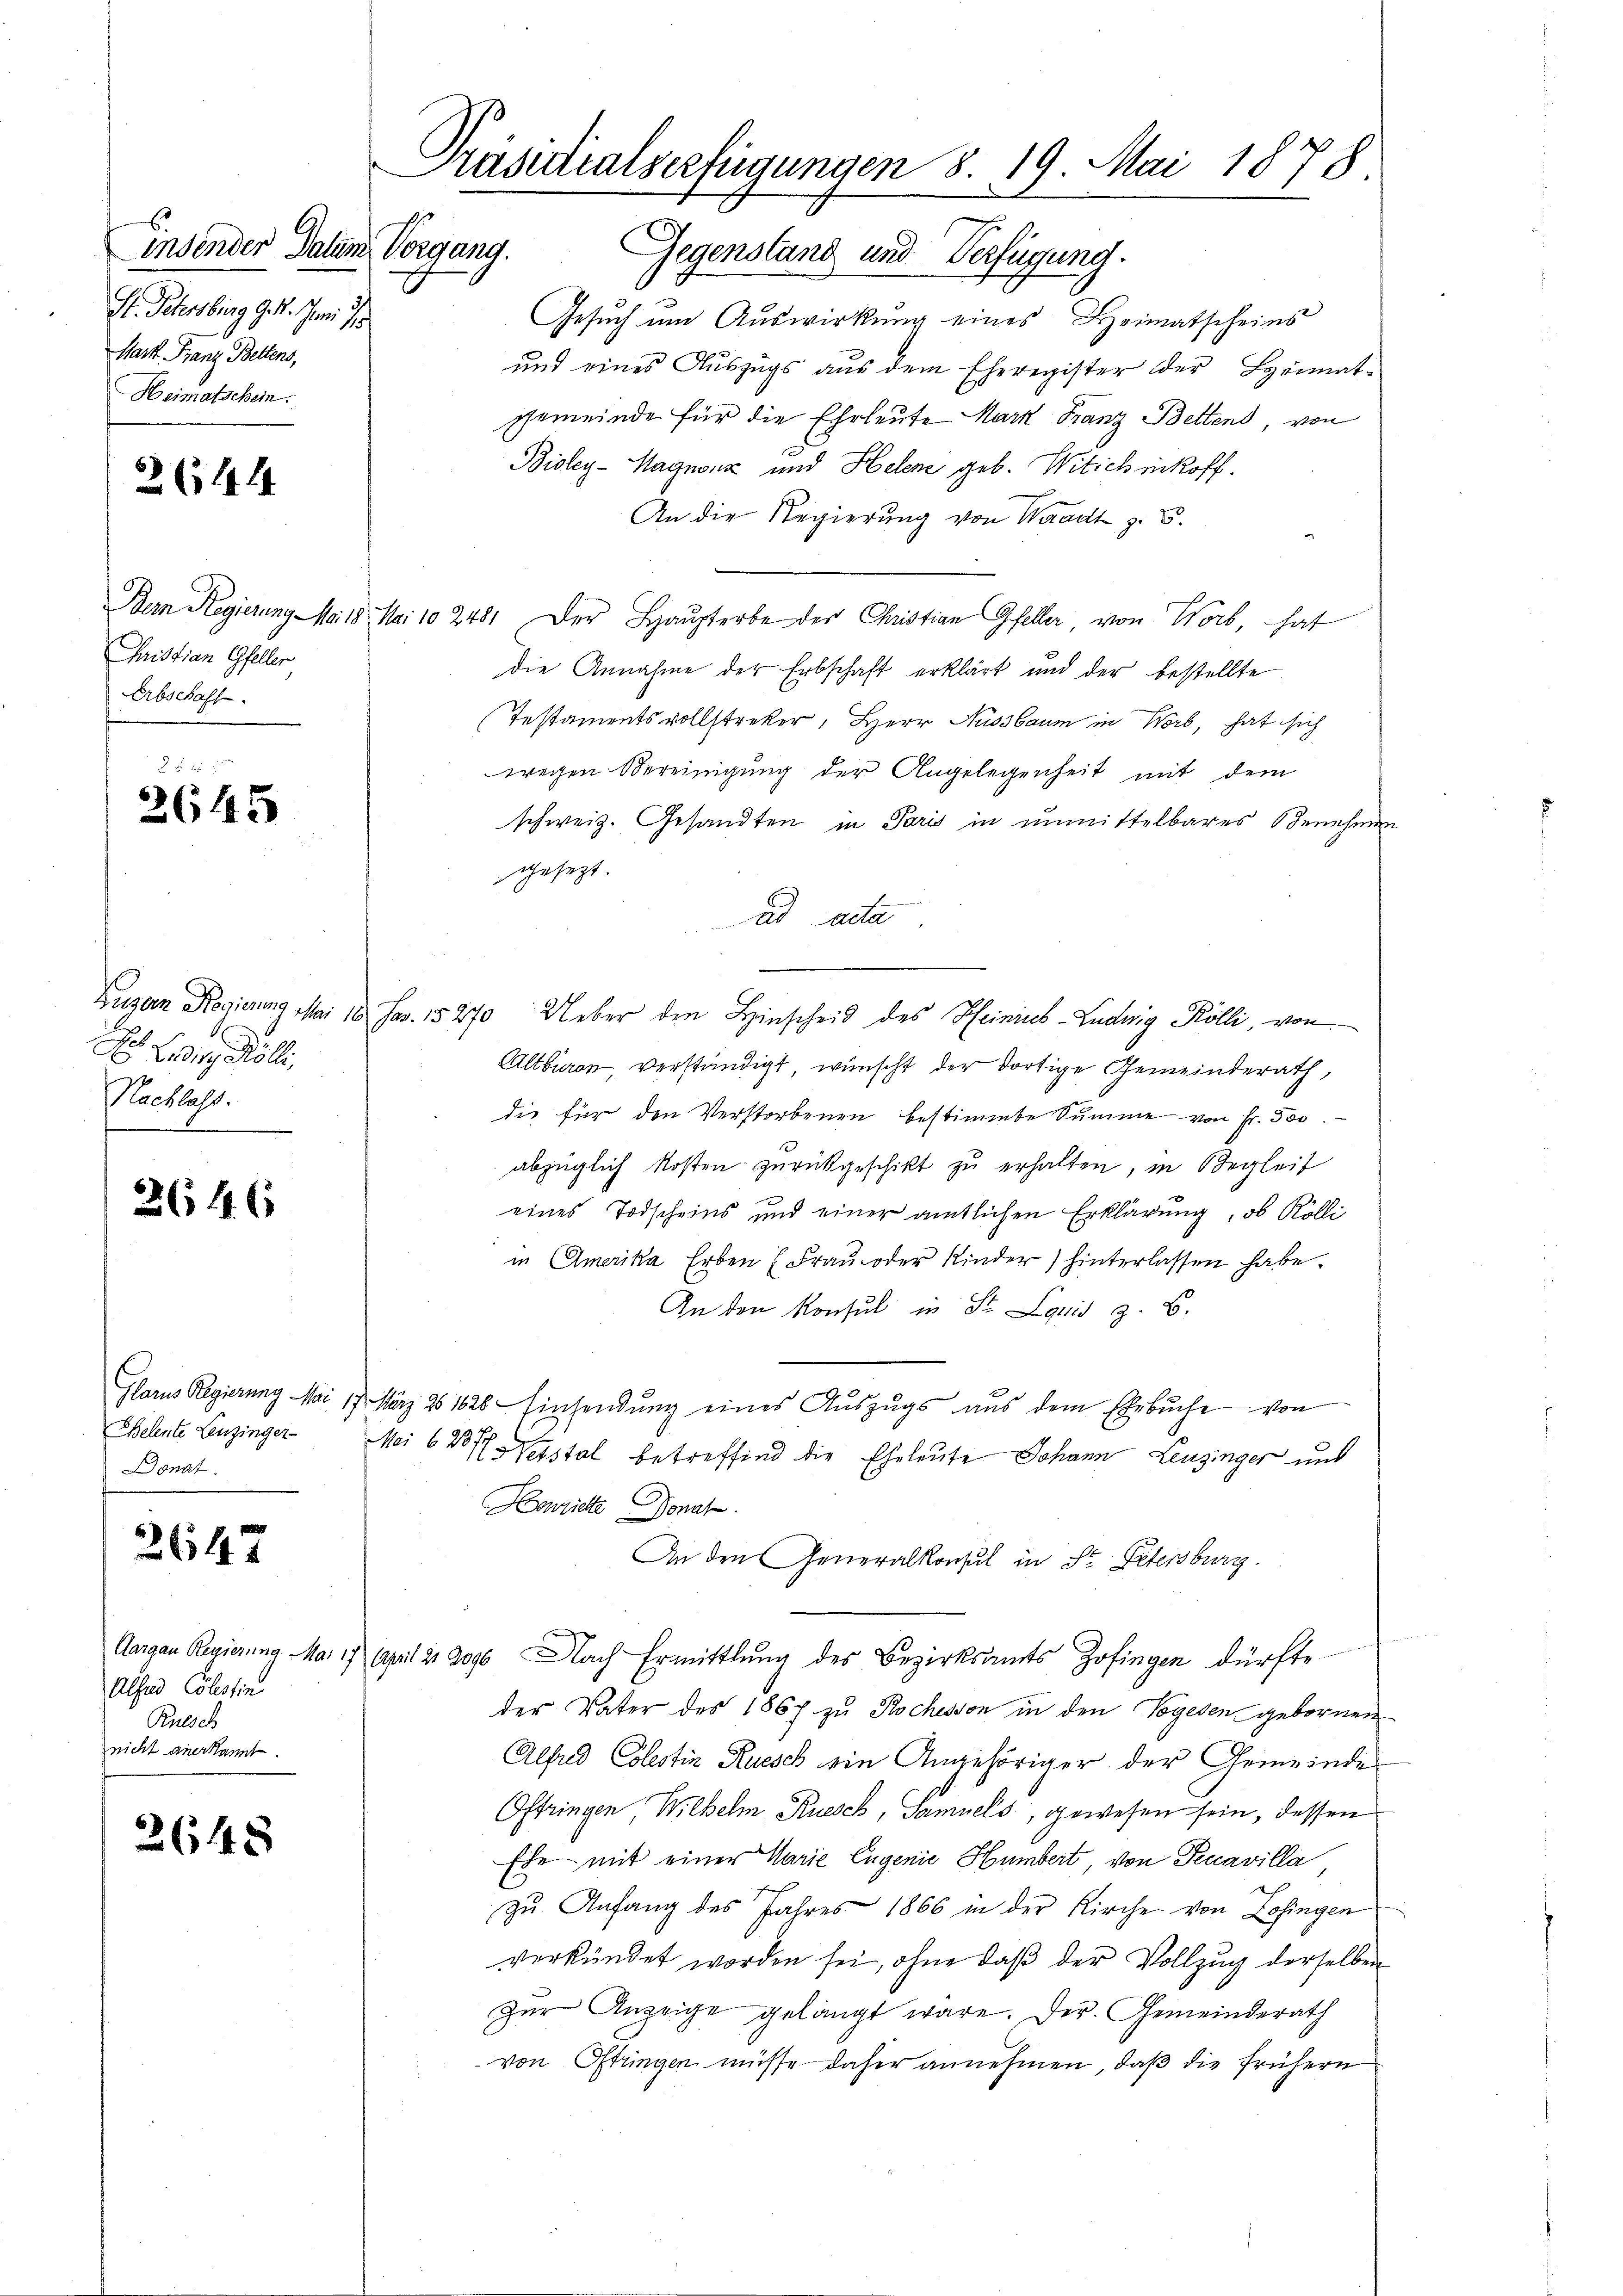
insender Datum Vorgang.
St. Petersburg 9 4. Juni de
Mart. Franz Bettens,
Heimatschein.

2644

Juristian Gfeller
Erbschaft.

x 2 x
3645

Boden Kölli,
achlass.

364 (

Donat

2647

Alsud Cölestin
Ruesch
nicht anerkannt.

2648

Präsidialserfügungen 8. 19. Mai 1878

Gegenstand und Verfügung.
Gesuch um Auswirkung eines Heimatscheins
und eines Auszugs aus dem Eheregister der Heimatgemeinde für die Ehrleute Mark Franz Bettend, von
Bioley-Hagnonz und Helene geb. Witich inkoff.
An die Regierung von Waadt z. B.
Bern Regierung No. 18. Mai 102481. Der Haupterbe der Christian Gfeller von Worb, hat
die Annahme der Erbschaft erklärt und der bestellte
Testamentsvollstreker, Herr Nussbaum in Worb, hat sich
wegen Vereinigung der Angelegenheit mit dem
schweiz. Gesandten in Paris in unmittelbares Benehmen
gesezt.
ad acta
Zuzern Regierung Mai 18. Jan. 15270 Ueber den Hinscheid des Heinick-Ludwig Kölli, von
Altburen, verständigt, wünscht der dortige Gemeinderath,
die für den Verstorbenen bestimmte Summe von Fr. 300.
abzüglich kosten zurückgeschikt zu erhalten, in Begleit
eines Todscheins und einer amtlichen Erklärung, ob Kölli
in Amerika, Erben (Frau oder Kinder) hinterlassen habe.
An den Konsul in St. Louis z. B.
Glarus Regierung Mai 17. März 261628 Einsendung eines Auszugs aus dem Ehebŭche von
Beleute Lenzinger Mai 627. Nebstal betreffend die Eheleute Johann Leuzinger und
Houiete Donat
An den Generalkonsul in St. Petersburg.
Aargau Regierung Mai 17 April 21 2090 Nach Ermittlung des Bezirksamts Zofingen dürfte
der Vater des 1867 zu Rochesson in den Vogesen gebornen
Alfud Colestin Ruesch ein Angehöriger der Gemeinde
Oftringen Wilhelm Kuesch, Samuels, gewesen sein, dessen
Ehe mit einer Marie Eugenie Humbert von Peccavilla
zu Anfang des Jahres 1866 in der Kirche von Zofingen
verkündet worden sei, ohne daβ der Vollzug derselben
Zur Anzeige gelangt wäre. Der Gemeinderath
von Ostingen müsse daher annehmen, daß die frühern